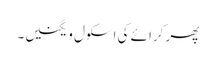
پھر کرائے کی اسکول ویگنیں۔